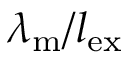
\lambda _ { \mathrm { m } } / l _ { \mathrm { e x } }